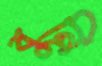
বুনি